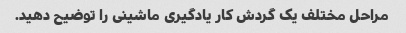
مراحل مختلف یک گردش کار یادگیری ماشینی را توضیح دهید.